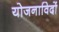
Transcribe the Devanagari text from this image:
योजनाविदों